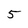
Character: 5